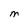
Character: M